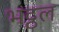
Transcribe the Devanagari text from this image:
भट्ठल